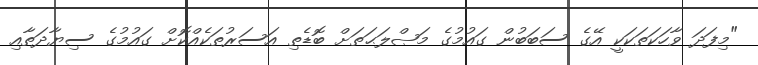
"މިފަދަ ވާހަކަތަކަކީ އޭގެ ސަބަބުން ގައުމުގެ މަޞްލަޙަތަށް ބޮޑެތި އަސަރުތަކެއްކޮށް ގައުމުގެ ސިޔާދަތާއި